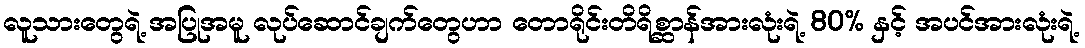
လူသားတွေရဲ့ အပြုအမူ လုပ်ဆောင်ချက်တွေဟာ တောရိုင်းတိရိစ္ဆာန်အားလုံးရဲ့ 80% နှင့် အပင်အားလုံးရဲ့